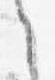
之